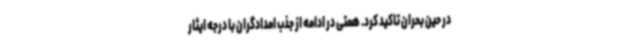
در حین بحران تاکید کرد. همتی در ادامه از جذب امدادگران با درجه ایثار